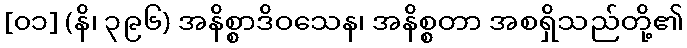
[၀၁] (နိ၊ ၃၉၆) အနိစ္စာဒိဝသေန၊ အနိစ္စတာ အစရှိသည်တို့၏